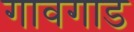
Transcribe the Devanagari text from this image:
गावगाड